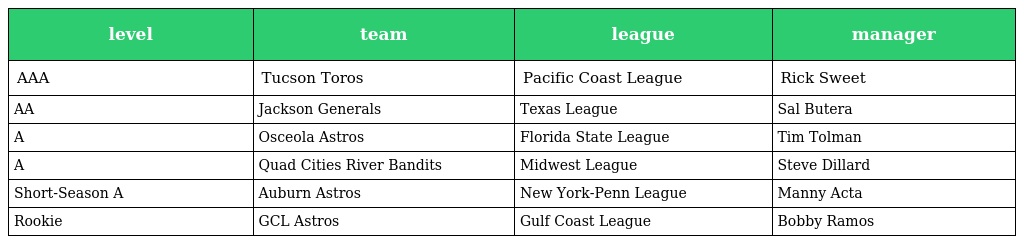
| level | team | league | manager |
 | --- | --- | --- | --- |
 | AAA | Tucson Toros | Pacific Coast League | Rick Sweet |
 | AA | Jackson Generals | Texas League | Sal Butera |
 | A | Osceola Astros | Florida State League | Tim Tolman |
 | A | Quad Cities River Bandits | Midwest League | Steve Dillard |
 | Short-Season A | Auburn Astros | New York-Penn League | Manny Acta |
 | Rookie | GCL Astros | Gulf Coast League | Bobby Ramos |